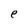
Character: e